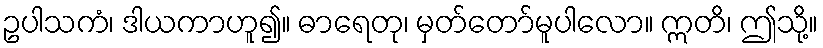
ဥပါသကံ၊ ဒါယကာဟူ၍။ ဓာရေတု၊ မှတ်တော်မူပါလော။ ဣတိ၊ ဤသို့။